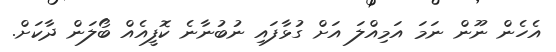
އެހެން ނޫން ނަމަ އަމިއްލަ އަށް ގުޅާފައި ނުބުނާނެ ކޮފީއެއް ބޯލަން ދާކަށް.